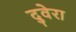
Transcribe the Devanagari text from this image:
दुवेरा